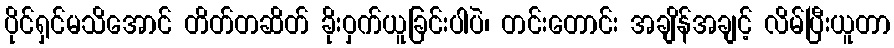
ပိုင်ရှင်မသိအောင် တိတ်တဆိတ် ခိုးဝှက်ယူခြင်းပါပဲ၊ တင်းတောင်း အချိန်အချင့် လိမ်ပြီးယူတာ